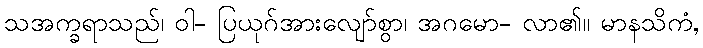
သအက္ခရာသည်၊ ဝါ- ပြယုဂ်အားလျော်စွာ၊ အဂမော- လာ၏။ မာနသိကံ,